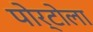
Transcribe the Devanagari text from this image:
पोर्टोला